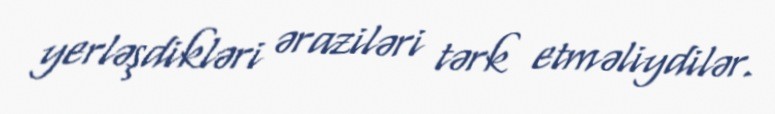
yerləşdikləri əraziləri tərk etməliydilər.